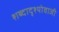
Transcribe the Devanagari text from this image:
शब्दादृश्योवाजी